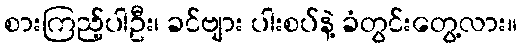
စားကြည့်ပါဦး၊ ခင်ဗျား ပါးစပ်နဲ့ ခံတွင်းတွေ့လား။